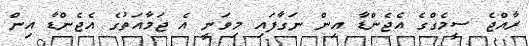
ރާއްޖެ ސީމެގްގެ އެޖެންޑާ އިން ނަގާފައި މިވަނީ އެ ޖަމާއަތުގެ އެޖެންޑާ އިން